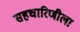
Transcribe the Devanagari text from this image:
सहचारिणीला